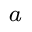
\footnote { h t t p s : / / w w w . n g d c . n o a a . g o v / s t p / s p a c e - w e a t h e r / s o l a r - d a t a / s o l a r - f e a t u r e s / s o l a r f l a r e s / x - r a y s / g o e s / x r s / }